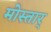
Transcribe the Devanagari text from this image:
मोस्तार्